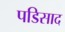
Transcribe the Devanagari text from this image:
पडिसाद